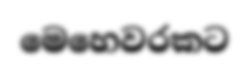
මෙහෙවරකට